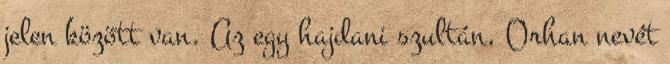
jelen között van. Az egy hajdani szultán, Orhan nevét